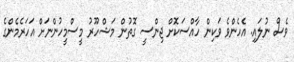
ވެސް ނުލައި. އެހެންވެ ވަކިން ހާއްސަކޮށް ޖިންސީ ގޮތުން މަޝްހޫރު މީސްމީހުންނަށް އަހަރެމެންގެ